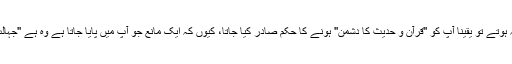
کسی حکم کے اطلاق کے کچھ موانع بھی ہوتے ہیں، اگر وہ نہ ہوتے تو یقیناً آپ کو ''قرآن و حدیث کا دشمن'' ہونے کا حکم صادر کیا جاتا، کیوں کہ ایک مانع جو آپ میں پایا جاتا ہے وہ ہے ''جہالت'' اس مانع کی وجہ سے آپ اس حکم معین سے بچ جاتے ہو!